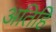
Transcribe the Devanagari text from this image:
अतिहि